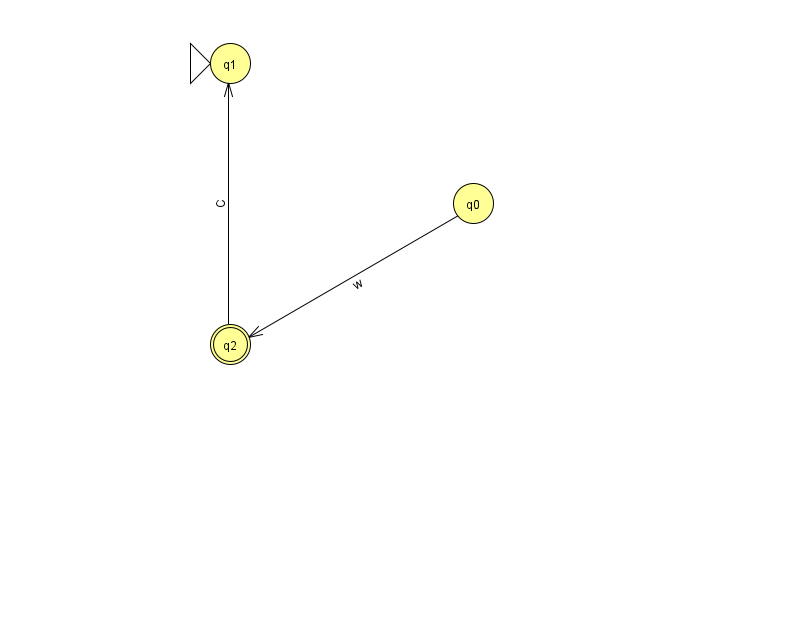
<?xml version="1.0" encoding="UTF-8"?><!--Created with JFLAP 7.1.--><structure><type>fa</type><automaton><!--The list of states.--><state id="0" name="q0"><x>473.0</x><y>190.0</y></state><state id="1" name="q1"><x>230.0</x><y>50.0</y><initial/></state><state id="2" name="q2"><x>230.0</x><y>331.0</y><final/></state><!--The list of transitions.--><transition><from>2</from><to>1</to><read>C</read></transition><transition><from>0</from><to>2</to><read>w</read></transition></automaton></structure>